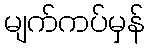
မျက်ကပ်မှန်